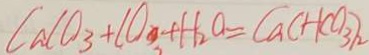
C a C O _ { 3 } + C O _ { 3 } + H _ { 2 } O = C a ( H C O _ { 3 } ) _ { 2 }